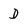
Character: D